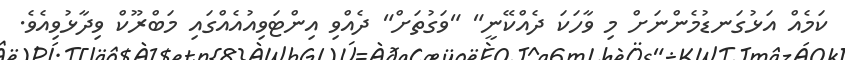
ކަމެއް އަޅުގަނޑުމެންނަށް މި ވާހަކަ ދެއްކޭނީ" "ވަގުތަށް" ދެއްވި އިންޓަވިއުއެއްގައި މަބްރޫކް ވިދާޅުވިއެވެ.